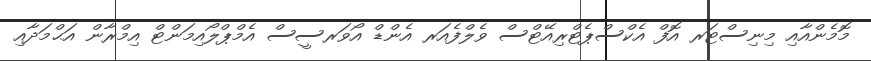
މޮމެންއާއި މިނިސްޓަރ އޮފް އެކްސްޕެޓްރިއޭޓްސް ވެލްފެއަރ އެންޑް އޯވަރސީސް އެމްޕްލޯއިމަންޓް އިމްރާން އަޙްމަދާއި